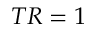
T R = 1